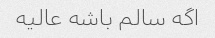
اگه سالم باشه عالیه